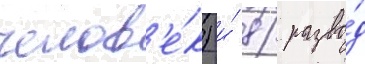
челов'е́к) и́ 81 разво́д